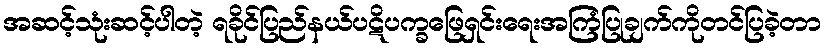
အဆင့်သုံးဆင့်ပါတဲ့ ရခိုင်ပြည်နယ်ပဋိပက္ခဖြေရှင်းရေးအကြံပြုချက်ကိုတင်ပြခဲ့တာ